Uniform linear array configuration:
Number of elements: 64
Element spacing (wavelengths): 0.5
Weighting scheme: uniform
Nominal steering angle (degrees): -60
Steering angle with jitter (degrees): -58.438
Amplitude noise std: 0.05
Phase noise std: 0.05

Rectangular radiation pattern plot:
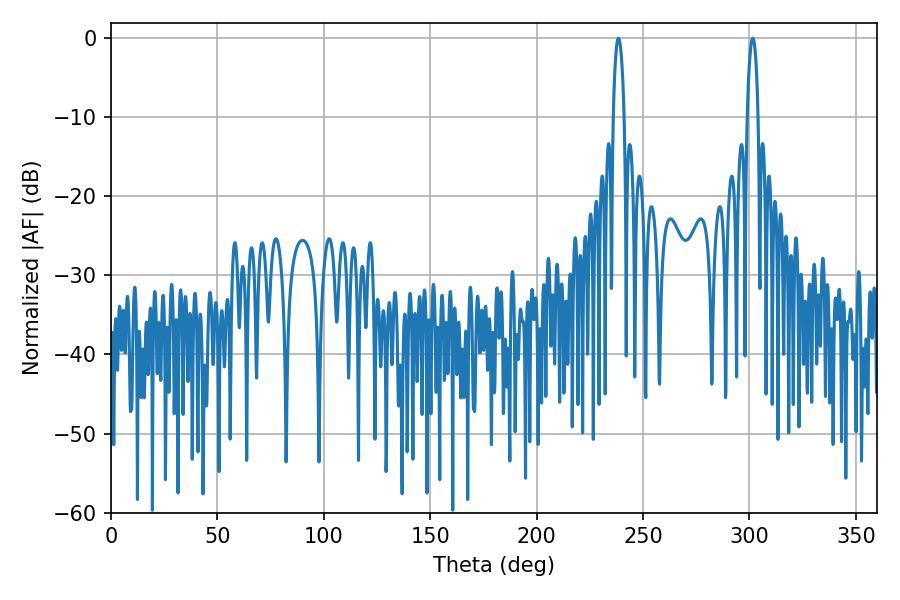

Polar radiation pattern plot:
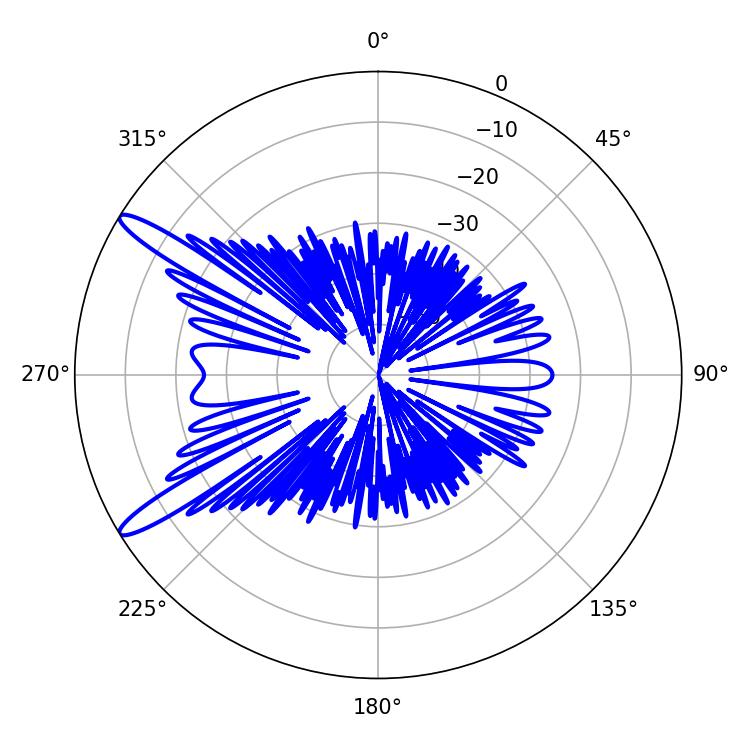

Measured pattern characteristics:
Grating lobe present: FALSE
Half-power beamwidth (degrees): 2.88
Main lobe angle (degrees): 301.5